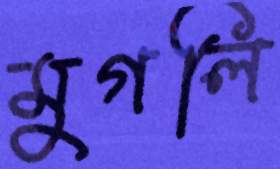
মুগলি